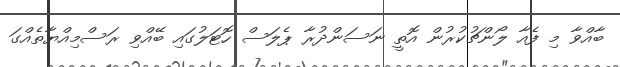
ބާއްވާ މި ފެއާ ލޯންޗުކުރުން އޮތީ ނަސަންދުރާ ޕެލަސް ހޮޓަލުގައި ބޭއްވި ރަސްމިއްޔާތެއްގަ